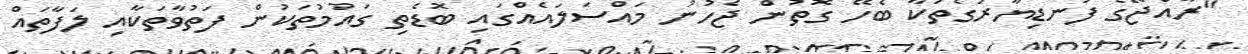
"ރާއްޖޭގެ ފަނޑިޔާރުގެތަކާ ބެހޭ ގޮތުން ޖެހުނު މައްސަލައެއްގައި ބޮޑެތި ގައުމުތަކުން ފަތުވާތަކާއި ލަފާތައް